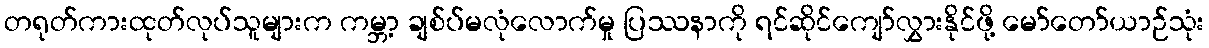
တရုတ်ကားထုတ်လုပ်သူများက ကမ္ဘာ့ ချစ်ပ်မလုံလောက်မှု ပြဿနာကို ရင်ဆိုင်ကျော်လွှားနိုင်ဖို့ မော်တော်ယာဉ်သုံး